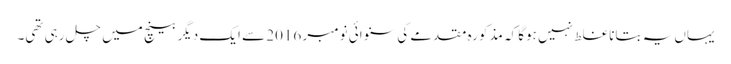
یہاں یہ بتانا غلط نہیں ہوگا کہ مذکورہ مقدمے کی سنوائی نومبر 2016 سے ایک دیگر بینچ میں چل رہی تھی۔